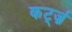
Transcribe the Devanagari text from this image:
कर्ट्ज़